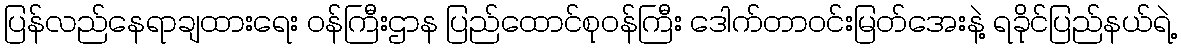
ပြန်လည်နေရာချထားရေး ဝန်ကြီးဌာန ပြည်ထောင်စုဝန်ကြီး ဒေါက်တာဝင်းမြတ်အေးနဲ့ ရခိုင်ပြည်နယ်ရဲ့